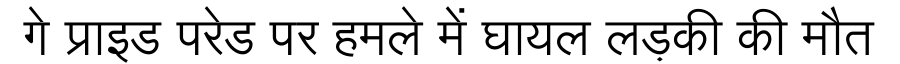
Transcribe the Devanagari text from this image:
गे प्राइड परेड पर हमले में घायल लड़की की मौत